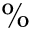
\%